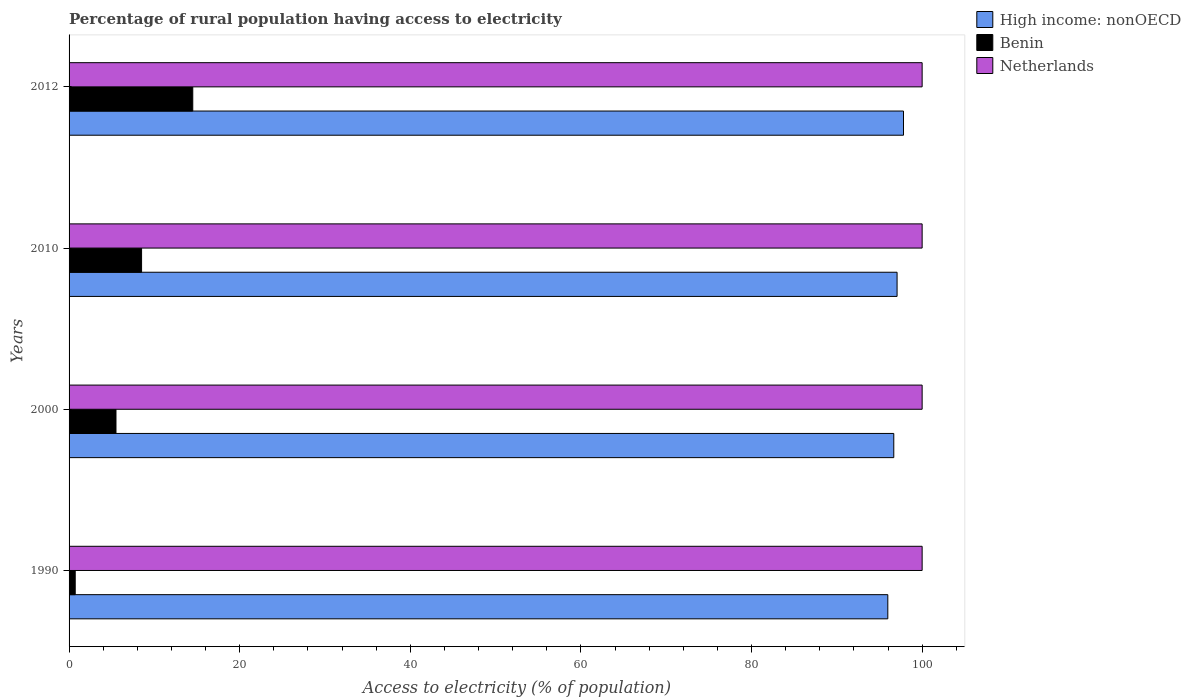
| Years | High income: nonOECD | Benin | Netherlands |
 | --- | --- | --- | --- |
 | 1990 | 96 | 0.72 | 100 |
 | 2000 | 96.7 | 5.5 | 100 |
 | 2010 | 97.1 | 8.5 | 100 |
 | 2012 | 97.8 | 14.5 | 100 |